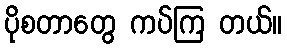
ပိုစတာတွေ ကပ်ကြ တယ်။